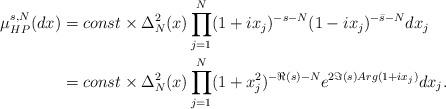
LaTeX: \begin{align*}\mu^{s,N}_{HP}(dx)&= const \times \Delta^2_N(x)\prod_{j=1}^{N}(1+ix_j)^{-s-N}(1-ix_j)^{-\bar{s}-N}dx_j\\&=const \times \Delta^2_N(x)\prod_{j=1}^{N}(1+x^2_j)^{-\Re(s)-N}e^{2\Im(s)Arg(1+ix_j)}dx_j.\end{align*}